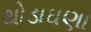
થોડાઘણા